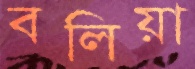
বলিয়া